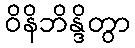
ဝိနိဘိန္ဒိတွာ